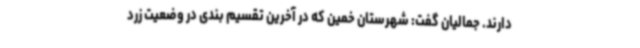
دارند. جمالیان گفت: شهرستان خمین که در آخرین تقسیم بندی در وضعیت زرد